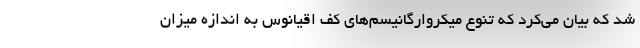
شد که بیان می‌کرد که تنوع میکروارگانیسم‌های کف اقیانوس به اندازه میزان